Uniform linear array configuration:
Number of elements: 4
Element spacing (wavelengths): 0.75
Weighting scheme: hann
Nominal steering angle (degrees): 45
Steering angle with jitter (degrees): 44.405
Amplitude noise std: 0.05
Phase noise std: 0.05

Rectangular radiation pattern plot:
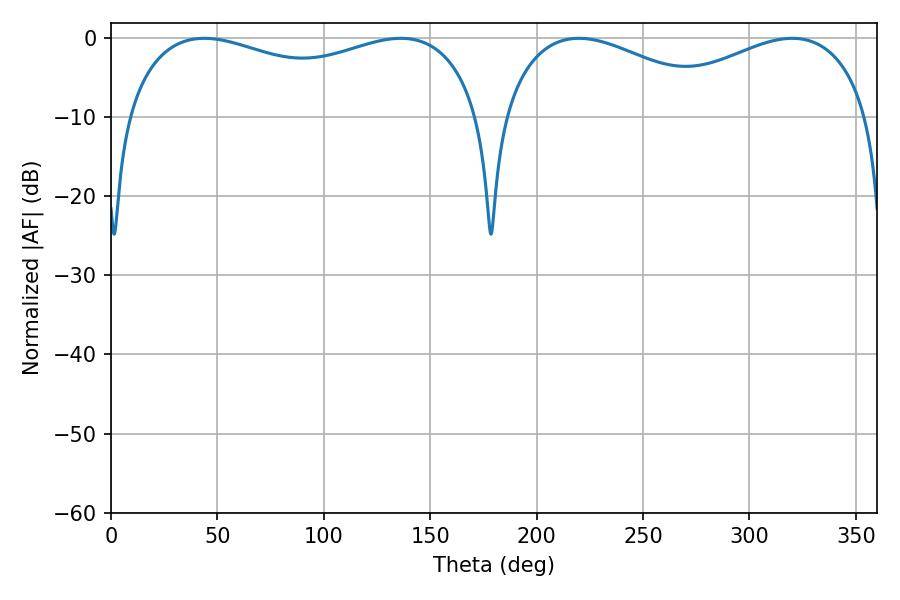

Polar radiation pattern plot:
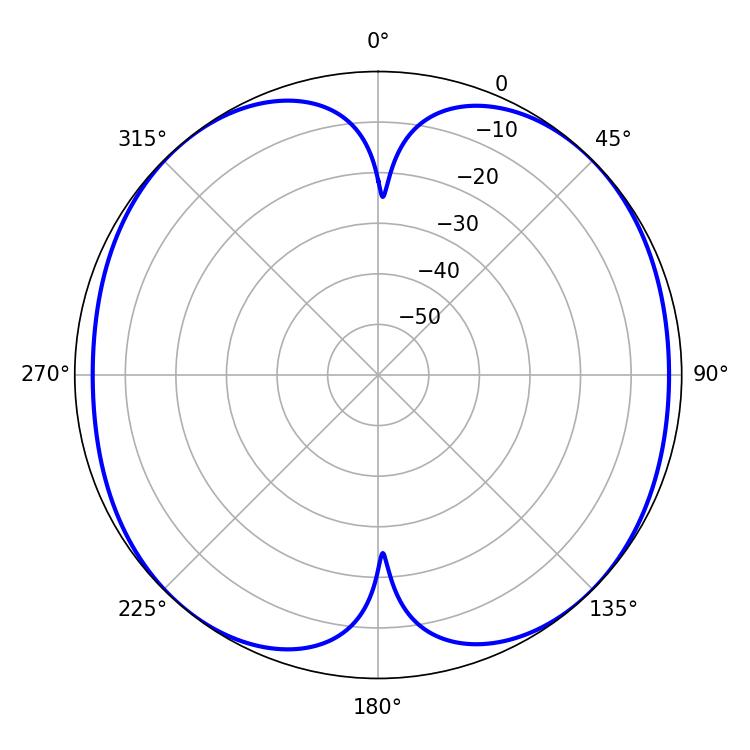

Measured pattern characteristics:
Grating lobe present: TRUE
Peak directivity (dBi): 12.744
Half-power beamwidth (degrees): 137.88
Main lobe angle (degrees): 43.74